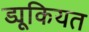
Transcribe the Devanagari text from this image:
ड्यूकियत